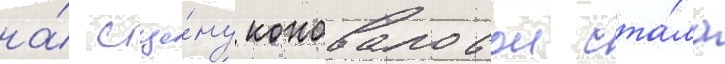
на́ сце́ну коноваловои ста́ла